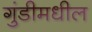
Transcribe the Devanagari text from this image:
गुंडीमधील